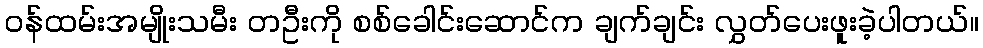
ဝန်ထမ်းအမျိုးသမီး တဦးကို စစ်ခေါင်းဆောင်က ချက်ချင်း လွှတ်ပေးဖူးခဲ့ပါတယ်။